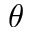
\theta